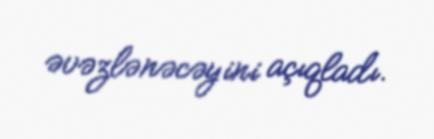
əvəzlənəcəyini açıqladı.